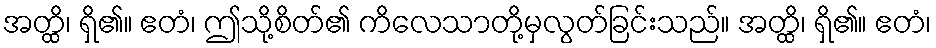
အတ္ထိ၊ ရှိ၏။ ဧတံ၊ ဤသို့စိတ်၏ ကိလေသာတို့မှလွတ်ခြင်းသည်။ အတ္ထိ၊ ရှိ၏။ ဧတံ၊